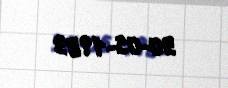
30-05-1983